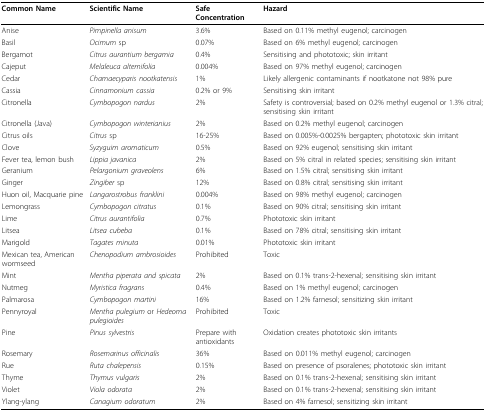
<table><thead><tr><td><b>Common Name</b></td><td><b>Scientific Name</b></td><td><b>Safe Concentration</b></td><td><b>Hazard</b></td></tr></thead><tbody><tr><td>Anise</td><td><i>Pimpinella anisum</i></td><td>3.6%</td><td>Based on 0.11% methyl eugenol; carcinogen</td></tr><tr><td>Basil</td><td><i>Ocimum</i> sp</td><td>0.07%</td><td>Based on 6% methyl eugenol; carcinogen</td></tr><tr><td>Bergamot</td><td><i>Citrus aurantium bergamia</i></td><td>0.4%</td><td>Sensitising and phototoxic; skin irritant</td></tr><tr><td>Cajeput</td><td><i>Melaleuca alternifolia</i></td><td>0.004%</td><td>Based on 97% methyl eugenol; carcinogen</td></tr><tr><td>Cedar</td><td><i>Chamaecyparis nootkatensis</i></td><td>1%</td><td>Likely allergenic contaminants if nootkatone not 98% pure</td></tr><tr><td>Cassia</td><td><i>Cinnamonium cassia</i></td><td>0.2% or 9%</td><td>Sensitising skin irritant</td></tr><tr><td>Citronella</td><td><i>Cymbopogon nardus</i></td><td>2%</td><td>Safety is controversial; based on 0.2% methyl eugenol or 1.3% citral; sensitising skin irritant</td></tr><tr><td>Citronella (Java)</td><td><i>Cymbopogon winterianius</i></td><td>2%</td><td>Based on 0.2% methyl eugenol; carcinogen</td></tr><tr><td>Citrus oils</td><td><i>Citrus</i> sp</td><td>16-25%</td><td>Based on 0.005%-0.0025% bergapten; phototoxic skin irritant</td></tr><tr><td>Clove</td><td><i>Syzyguim aromaticum</i></td><td>0.5%</td><td>Based on 92% eugenol; sensitising skin irritant</td></tr><tr><td>Fever tea, lemon bush</td><td><i>Lippia javanica</i></td><td>2%</td><td>Based on 5% citral in related species; sensitising skin irritant</td></tr><tr><td>Geranium</td><td><i>Pelargonium graveolens</i></td><td>6%</td><td>Based on 1.5% citral; sensitising skin irritant</td></tr><tr><td>Ginger</td><td><i>Zingiber</i> sp</td><td>12%</td><td>Based on 0.8% citral; sensitising skin irritant</td></tr><tr><td>Huon oil, Macquarie pine</td><td><i>Langarostrobus franklini</i></td><td>0.004%</td><td>Based on 98% methyl eugenol; carcinogen</td></tr><tr><td>Lemongrass</td><td><i>Cymbopogon citratus</i></td><td>0.1%</td><td>Based on 90% citral; sensitising skin irritant</td></tr><tr><td>Lime</td><td><i>Citrus aurantifolia</i></td><td>0.7%</td><td>Phototoxic skin irritant</td></tr><tr><td>Litsea</td><td><i>Litsea cubeba</i></td><td>0.1%</td><td>Based on 78% citral; sensitising skin irritant</td></tr><tr><td>Marigold</td><td><i>Tagates minuta</i></td><td>0.01%</td><td>Phototoxic skin irritant</td></tr><tr><td>Mexican tea, American wormseed</td><td><i>Chenopodium ambrosioides</i></td><td>Prohibited</td><td>Toxic</td></tr><tr><td>Mint</td><td><i>Mentha piperata and spicata</i></td><td>2%</td><td>Based on 0.1% trans-2-hexenal; sensitising skin irritant</td></tr><tr><td>Nutmeg</td><td><i>Myristica fragrans</i></td><td>0.4%</td><td>Based on 1% methyl eugenol; carcinogen</td></tr><tr><td>Palmarosa</td><td><i>Cymbopogon martini</i></td><td>16%</td><td>Based on 1.2% farnesol; sensitizing skin irritant</td></tr><tr><td>Pennyroyal</td><td><i>Mentha pulegium</i> or <i>Hedeoma pulegioides</i></td><td>Prohibited</td><td>Toxic</td></tr><tr><td>Pine</td><td><i>Pinus sylvestris</i></td><td>Prepare with antioxidants</td><td>Oxidation creates phototoxic skin irritants</td></tr><tr><td>Rosemary</td><td><i>Rosemarinus officinalis</i></td><td>36%</td><td>Based on 0.011% methyl eugenol; carcinogen</td></tr><tr><td>Rue</td><td><i>Ruta chalepensis</i></td><td>0.15%</td><td>Based on presence of psoralenes; phototoxic skin irritant</td></tr><tr><td>Thyme</td><td><i>Thymus vulgaris</i></td><td>2%</td><td>Based on 0.1% trans-2-hexenal; sensitising skin irritant</td></tr><tr><td>Violet</td><td><i>Viola odorata</i></td><td>2%</td><td>Based on 0.1% trans-2-hexenal; sensitising skin irritant</td></tr><tr><td>Ylang-ylang</td><td><i>Canagium odoratum</i></td><td>2%</td><td>Based on 4% farnesol; sensitizing skin irritant</td></tr></tbody></table>